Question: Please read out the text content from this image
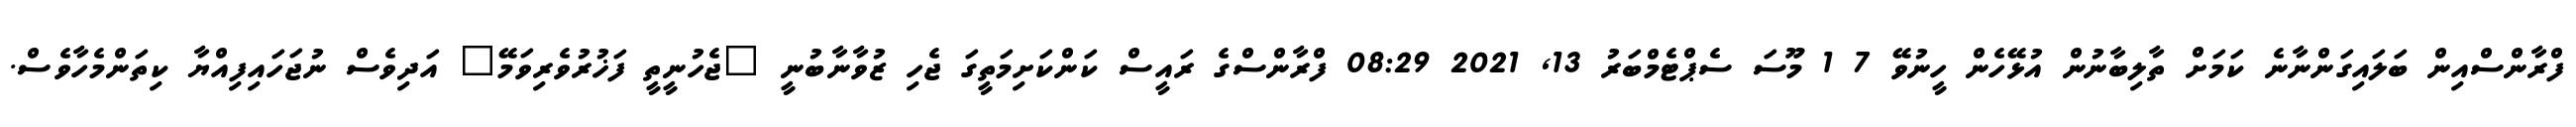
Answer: ފްރާންސްއިން ބަލައިގަންނާނެ ކަމަށް ތާލިބާނުން އުޅޭހެން ހީނުވޭ 7 1 މޫސަ ސެޕްޓެމްބަރު 13, 2021 08:29 ފްރާންސްގެ ރައީސް ކަންކަށިމަތީގަ ޖެހި ޒުވާނާބުނީ "ޖެހުނީތީ ފަޚުރުވެރިވަމޭ" އަދިވެސް ނުޖަހައިފިއްޔާ ކިތަންމެހާވެސް.